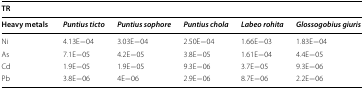
<table><thead><tr><td colspan="6"><b>TR</b></td></tr><tr><td><b>Heavy metals</b></td><td><b><i>Puntius ticto</i></b></td><td><b><i>Puntius sophore</i></b></td><td><b><i>Puntius chola</i></b></td><td><b><i>Labeo rohita</i></b></td><td><b><i>Glossogobius giuris</i></b></td></tr></thead><tbody><tr><td>Ni</td><td>4.13E−04</td><td>3.03E−04</td><td>2.50E−04</td><td>1.66E−03</td><td>1.83E−04</td></tr><tr><td>As</td><td>7.1E−05</td><td>4.2E−05</td><td>3.8E−05</td><td>1.61E−04</td><td>4.4E−05</td></tr><tr><td>Cd</td><td>1.9E−05</td><td>1.9E−05</td><td>9.3E−06</td><td>3.7E−05</td><td>9.3E−06</td></tr><tr><td>Pb</td><td>3.8E−06</td><td>4E−06</td><td>2.9E−06</td><td>8.7E−06</td><td>2.2E−06</td></tr></tbody></table>